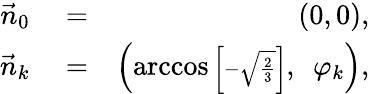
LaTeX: \begin{array}{rlr}{\vec{n}_{0}}&{{}=}&{(0,0),}\\ {\vec{n}_{k}}&{{}=}&{\left(\operatorname{arccos}{\scriptstyle\left[-\sqrt{\frac 23}\right]},\ \ \varphi_{k}\right),}\end{array}